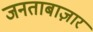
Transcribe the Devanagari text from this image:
जनताबाज़ार